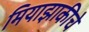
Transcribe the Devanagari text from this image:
मियाझाकीचे